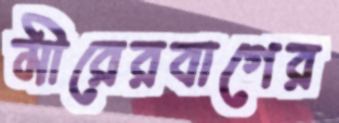
মীরেরবাগের